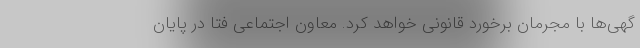
گهی‌ها با مجرمان برخورد قانونی خواهد کرد. معاون اجتماعی فتا در پایان